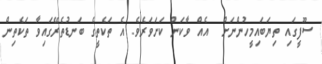
ސޫފީގައި ތިޔަބައިމީހުންނަށް  އެއް ވާކަން ކަށަވަރެވެ. އެ ތަކެތީގެ ބަނޑުތެރޭގައިވާ ތަކެތިން